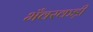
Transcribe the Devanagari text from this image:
भँवरकड़ी